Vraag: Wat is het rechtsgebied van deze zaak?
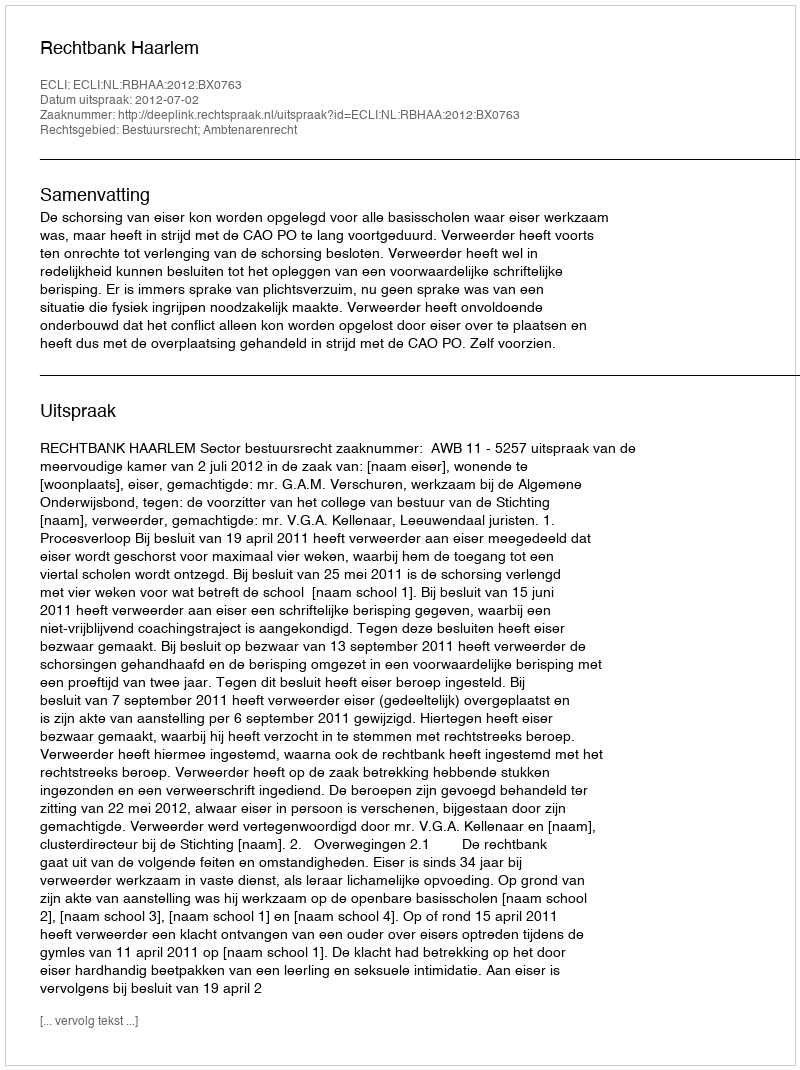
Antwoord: Bestuursrecht; Ambtenarenrecht